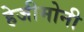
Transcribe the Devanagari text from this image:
हेजीमोनी